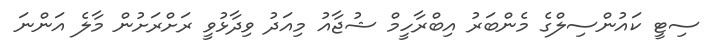
ސިޓީ ކައުންސިލްގެ މެންބަރު އިބްރާހީމް ޝުޖާއު މިއަދު ވިދާޅުވީ ރަށްރަށުން މާލެ އަންނަ